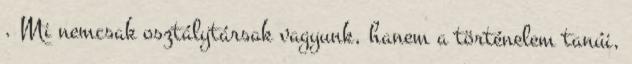
. Mi nemcsak osztálytársak vagyunk, hanem a történelem tanúi,